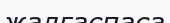
жалғаспаса